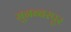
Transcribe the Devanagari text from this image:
मुनब्बरपुर